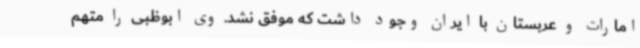
امارات و عربستان با ایران وجود داشت که موفق نشد. وی ابوظبی را متهم